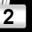
Digit: 2